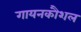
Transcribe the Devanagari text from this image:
गायनकौशल